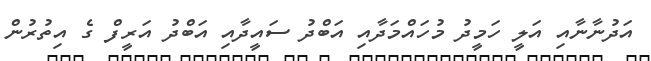
އަދުނާނާއި އަލީ ހަމީދު މުހައްމަދާއި އަބްދު ސައީދާއި އަބްދު އަރީފް ގެ އިތުރުން